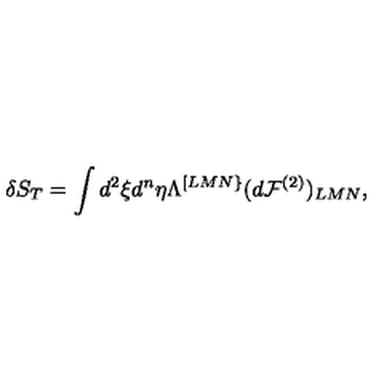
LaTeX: \delta S _ { T } = \int d ^ { 2 } \xi d ^ { n } \eta \Lambda ^ { [ L M N \} } ( d { \cal F } ^ { ( 2 ) } ) _ { L M N } ,